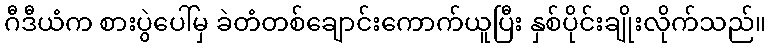
ဂီဒီယံက စားပွဲပေါ်မှ ခဲတံတစ်ချောင်းကောက်ယူပြီး နှစ်ပိုင်းချိုးလိုက်သည်။